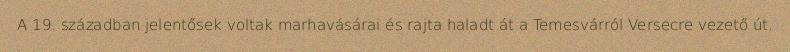
A 19. században jelentősek voltak marhavásárai és rajta haladt át a Temesvárról Versecre vezető út.